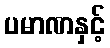
ပမာဏနှင့်